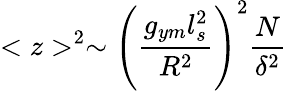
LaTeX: <z>^{2}\sim\left({\frac{g_{ym}l_{s}^{2}}{R^{2}}}\right)^{2}{\frac{N}{\delta^{2}}}